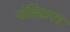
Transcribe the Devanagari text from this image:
पोलिग्राफ्य